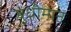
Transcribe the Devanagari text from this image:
बुधीमान